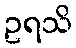
ဥရသိ